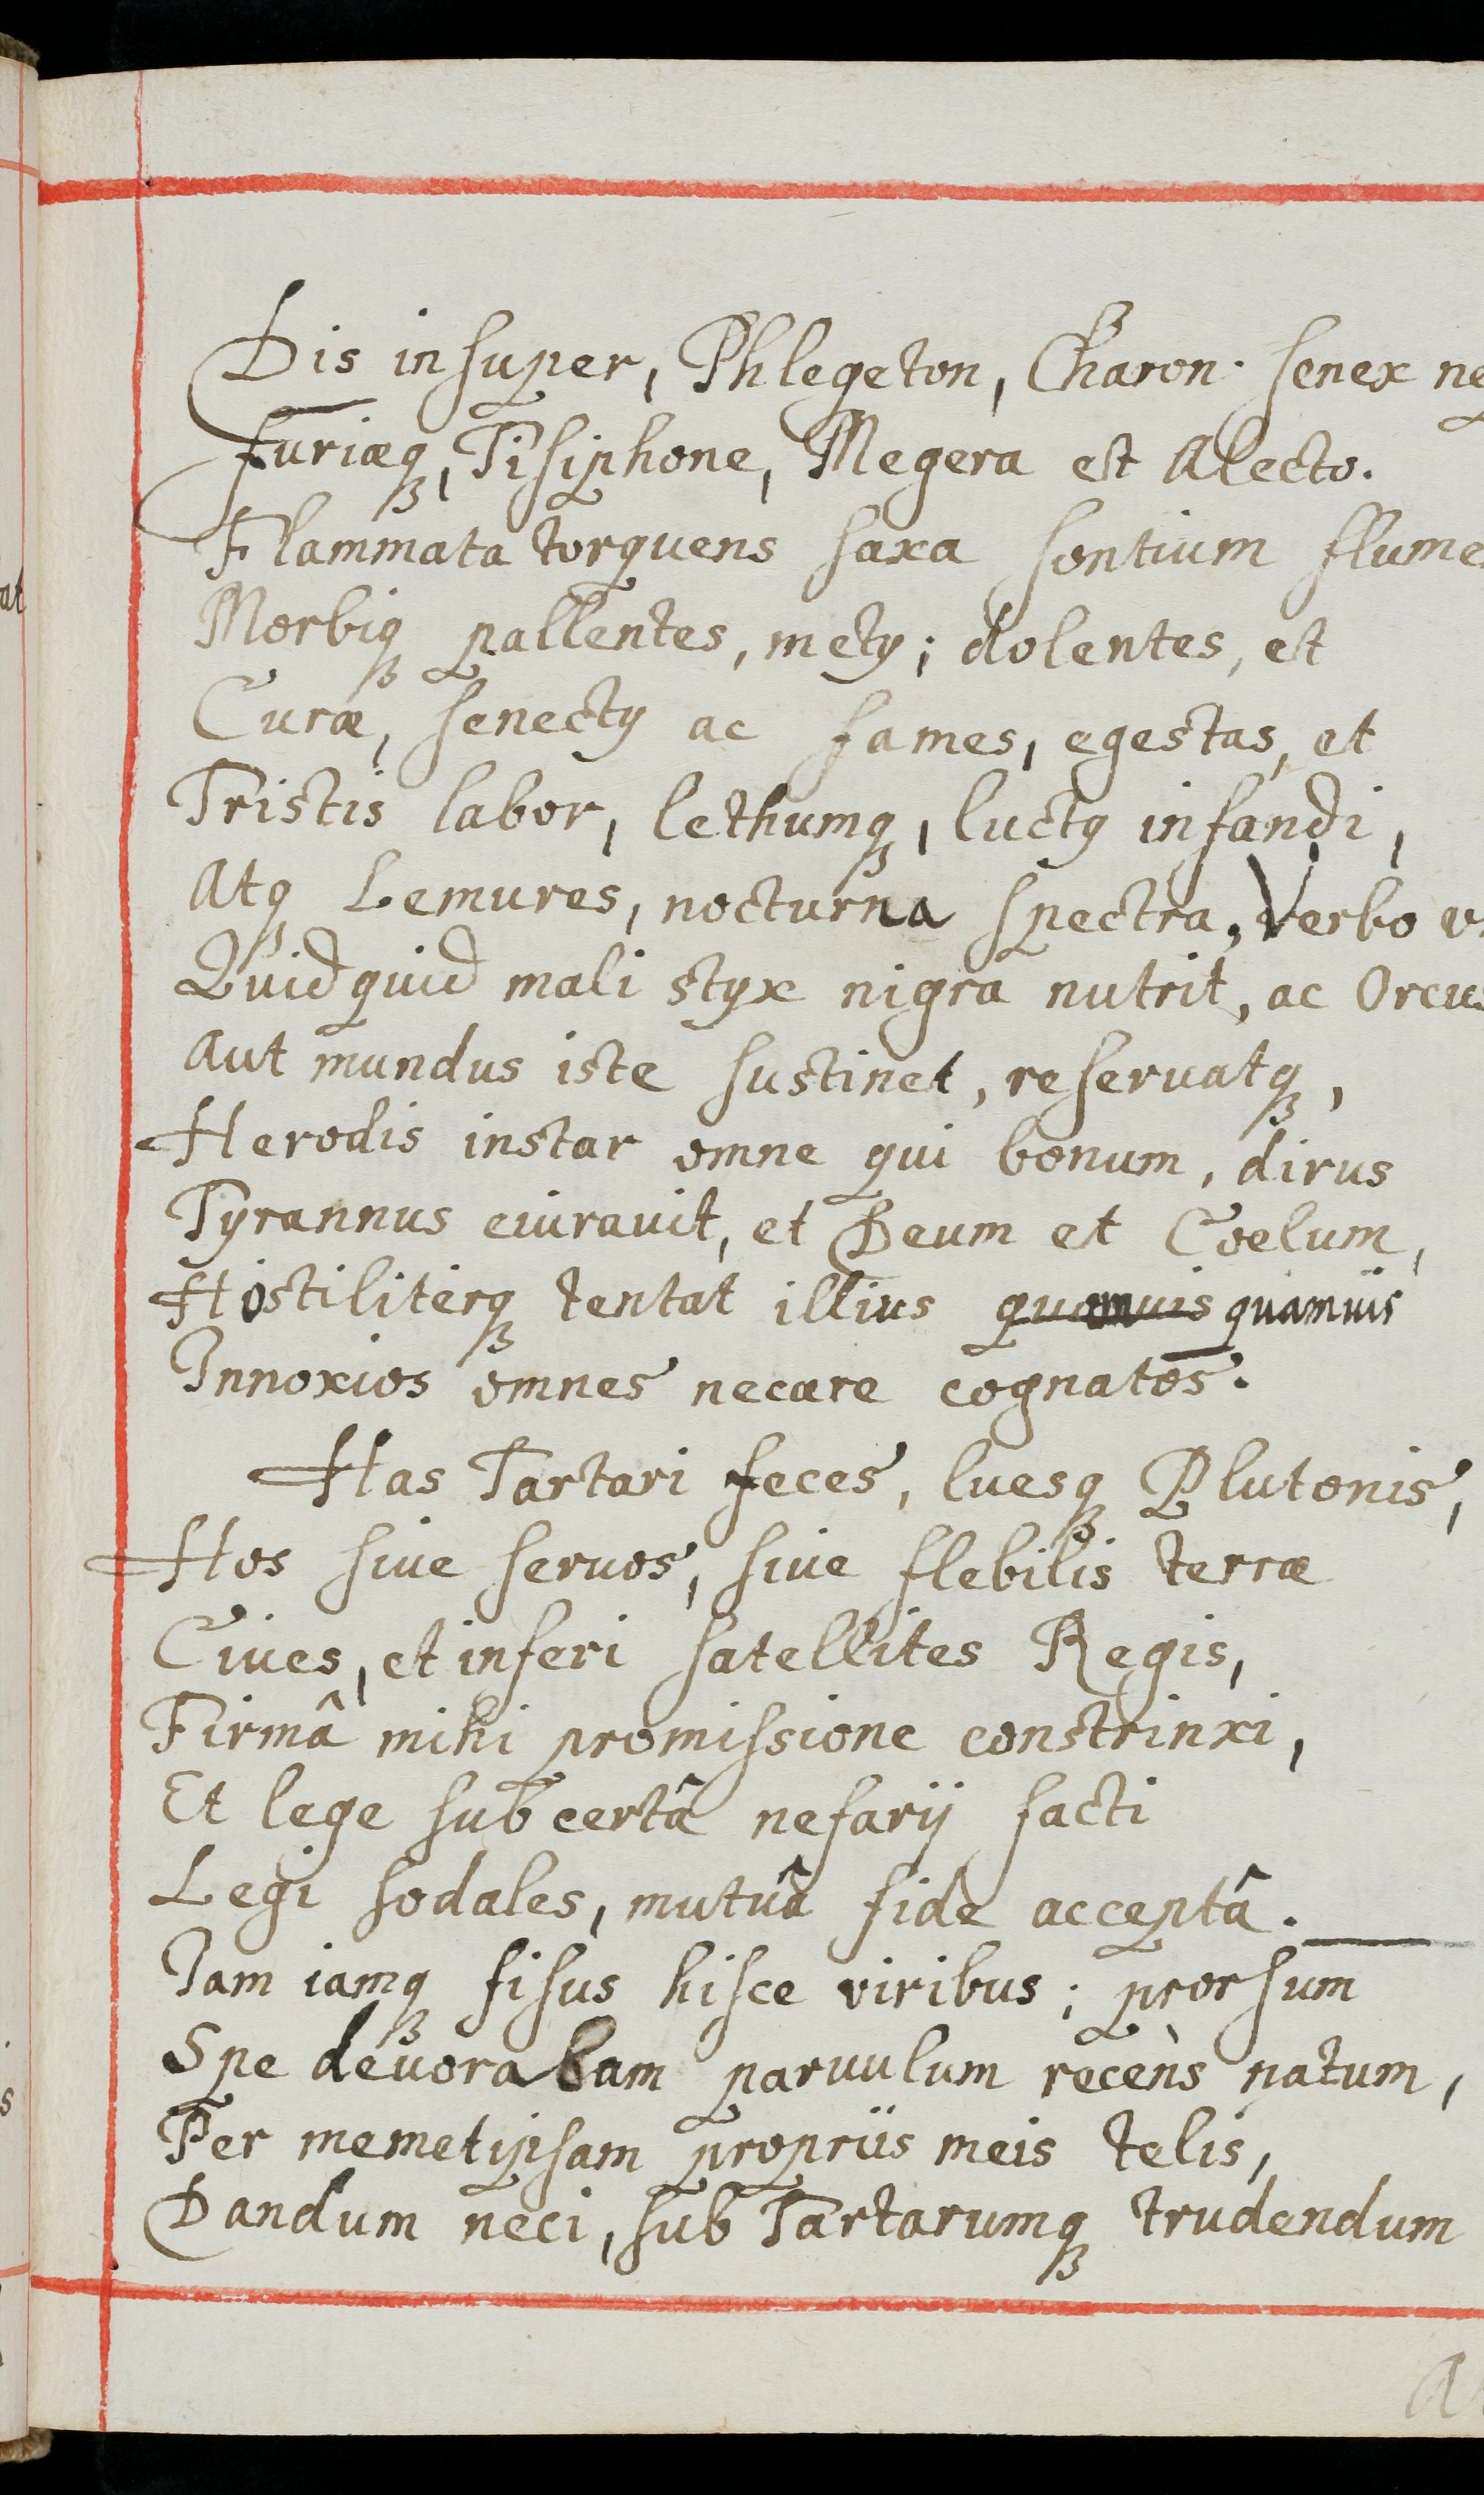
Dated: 1655–1655